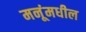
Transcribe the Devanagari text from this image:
मनूंमधील